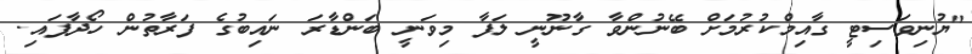
"ޔުނިވަސިޓީ ގާއިމްކުރުމަށް ބޭނުންވާ ގާނޫނީ ލަފާ މިވަނީ ބަންޑާރަ ނައިބުގެ ފަރާތުން ހޯދާފައި.